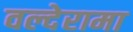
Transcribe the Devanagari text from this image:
वल्देरामा